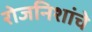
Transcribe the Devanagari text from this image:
रोजनिशांचे